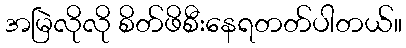
အမြဲလိုလို စိတ်ဖိစီးနေရတတ်ပါတယ်။